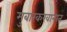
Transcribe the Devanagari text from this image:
मुबारकखानात